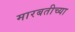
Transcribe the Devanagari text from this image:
मारबतीच्या